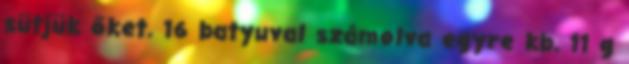
sütjük őket. 16 batyuval számolva egyre kb. 11 g